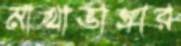
মাথাভাঙ্গার